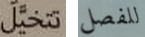
تتخيل للفصل